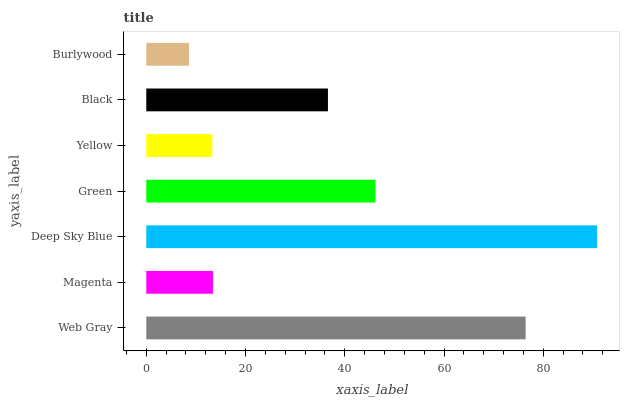
| yaxis_label | bars |
 | --- | --- |
 | Web Gray | 76.5 |
 | Magenta | 13.4 |
 | Deep Sky Blue | 90.8 |
 | Green | 46.2 |
 | Yellow | 13.3 |
 | Black | 36.6 |
 | Burlywood | 8.6 |